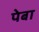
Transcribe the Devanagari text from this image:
पेबा